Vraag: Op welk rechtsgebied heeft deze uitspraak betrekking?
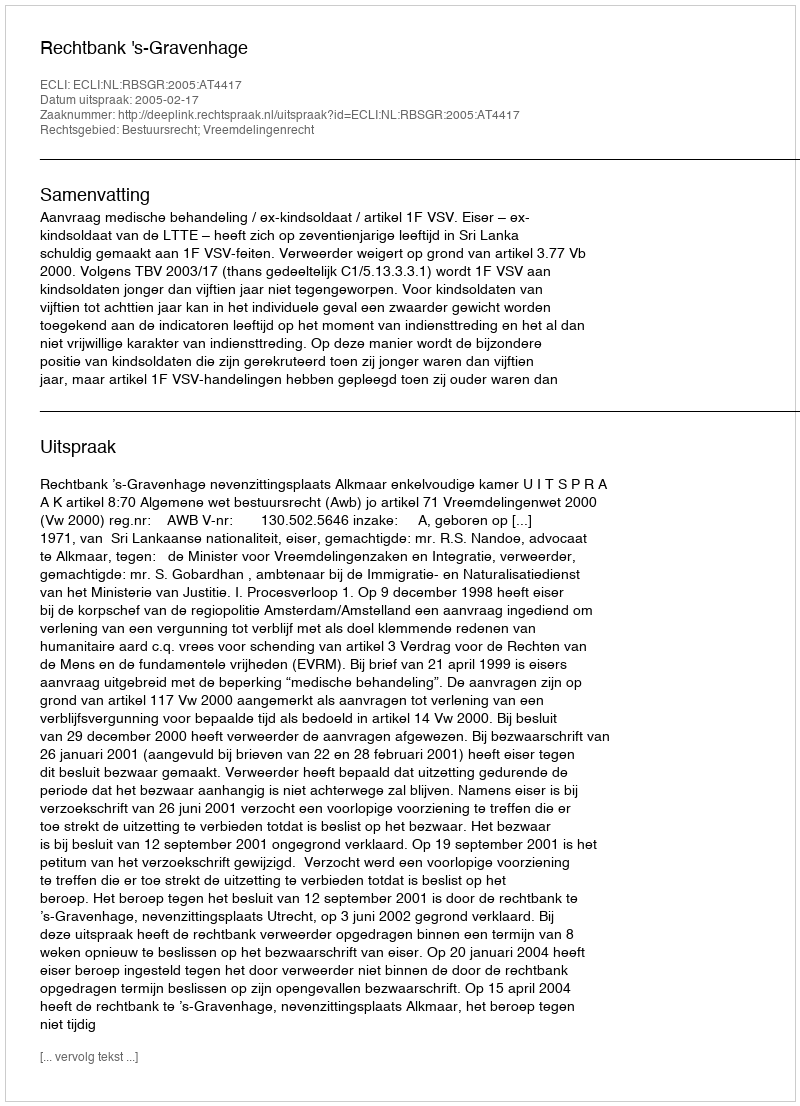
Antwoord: Bestuursrecht; Vreemdelingenrecht